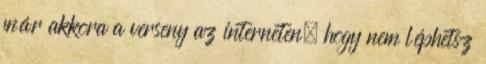
már akkora a verseny az interneten, hogy nem léphetsz